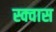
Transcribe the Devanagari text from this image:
स्क्वास